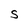
Character: S